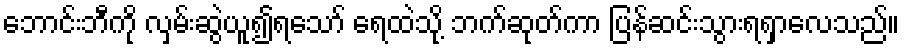
ဘောင်းဘီကို လှမ်းဆွဲယူ၍ရသော် ရေထဲသို့ ဘက်ဆုတ်ကာ ပြန်ဆင်းသွားရရှာလေသည်။